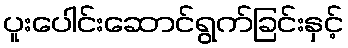
ပူးပေါင်းဆောင်ရွက်ခြင်းနှင့်